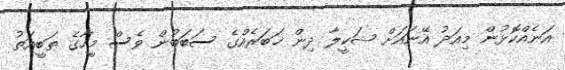
އަނެއްކޮޅުން މިއަދު އޭނައަށް ޝަކީލާ ދިން ޚަބަރެއްގެ ސަބަބުން ވެސް މީހާގެ ޠަބީއަތު